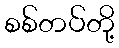
စစ်တပ်တို့